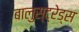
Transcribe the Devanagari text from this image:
बालुस्‍ट्रेड्स